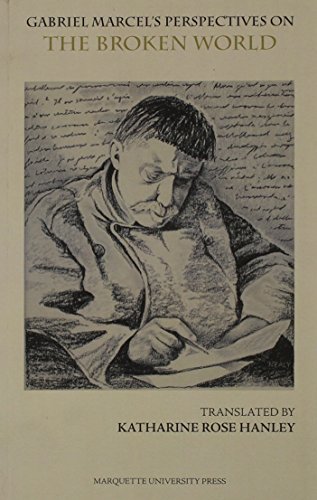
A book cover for Gabriel Marcel's Perspectives on the Broken World: The Broken World, a Four-Act Play : Followed by Concrete Approaches to Investigating the Ontological Mystery (Marquette Studies in Philosophy); Gabriel Marcel; Literature & Fiction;